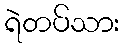
ရဲတပ်သား